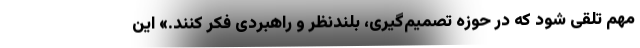
مهم تلقی شود که در حوزه تصمیم‌گیری، بلندنظر و راهبردی فکر کنند.» این